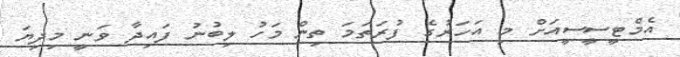
އެމްޓީސީސީއަށް މި އަހަރުގެ ފުރަތަމަ ތިން މަހު ލިބުނު ފައިދާ ވަނީ މިދިޔަ